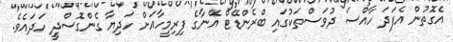
އެގޮތުން އެފަދަ ހާއްސަ ދުވަސްތަކުގައި ބްރެންޑޭޓް އޭނާގެ ފިރިމީހާއަށް ހަދިޔާ ގެންގޮސްދީ ހަދައެވެ.